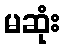
မဆုံး